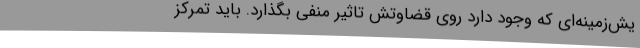
یش‌زمینه‌ای که وجود دارد روی قضاوتش تاثیر منفی بگذارد. باید تمرکز